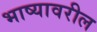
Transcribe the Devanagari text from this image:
भाष्यावरील